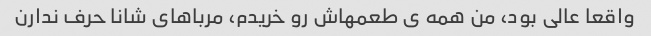
واقعا عالی بود، من همه ی طعمهاش رو خریدم، مرباهای شانا حرف ندارن